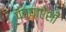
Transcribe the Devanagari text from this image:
पंच्याऐंशी